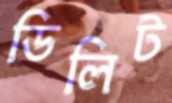
ডিলিট